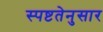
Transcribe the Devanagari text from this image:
स्पष्टतेनुसार